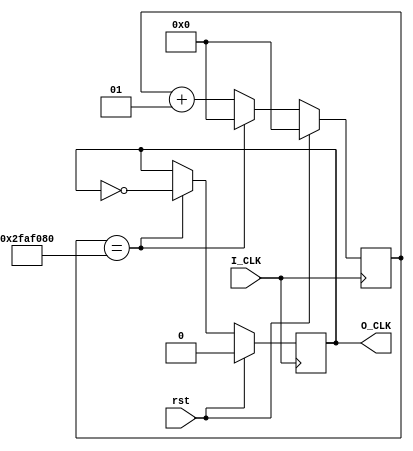
`timescale 1ns / 1ns
module Divider #(parameter t=100000000/2)(
    I_CLK,
    rst,
    O_CLK
    );
    integer i=0;
    
    input I_CLK;
    input rst;
    output reg O_CLK=0;
    
    always@(posedge I_CLK)
    begin
        if(rst)
        begin
            O_CLK<=0;
            i<=0;
        end
        else
        begin
            i<=i+1;
            if(i==t)
            begin
                O_CLK<=~O_CLK;
                i<=0;
            end
            else
                ;
        end
    end
endmodule